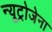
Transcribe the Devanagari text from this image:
न्यूट्रोजेना